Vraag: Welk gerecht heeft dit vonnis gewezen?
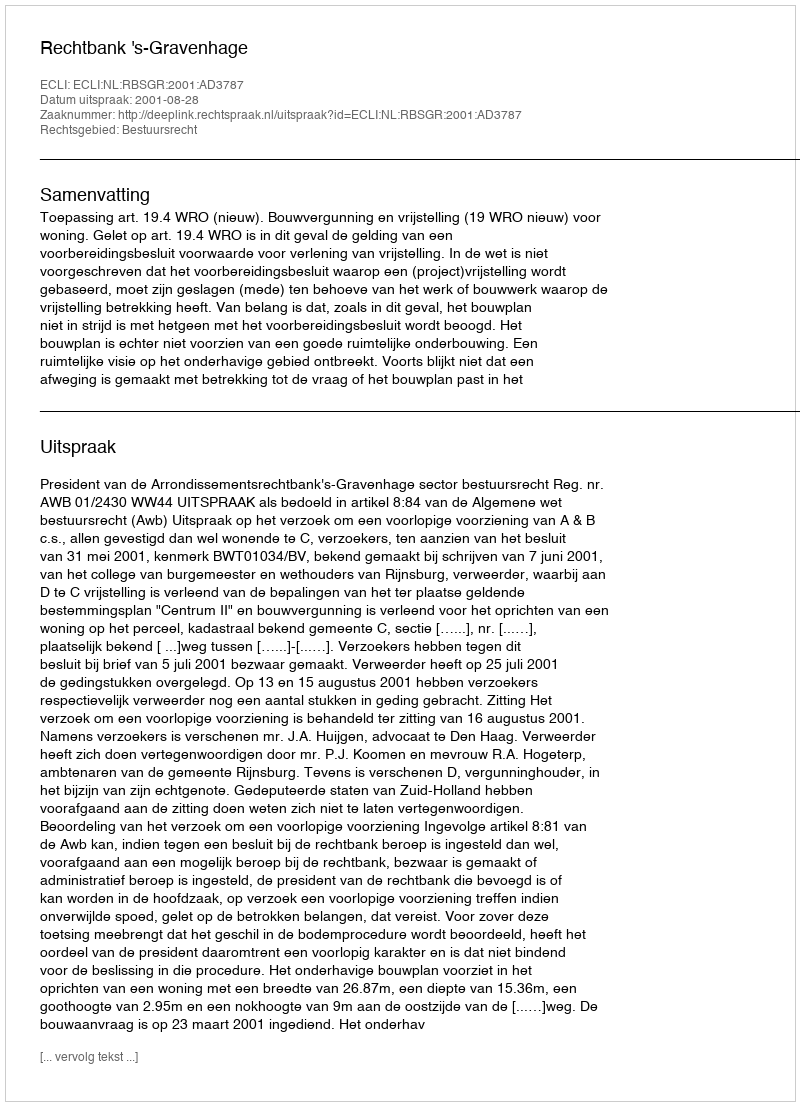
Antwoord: Rechtbank 's-Gravenhage